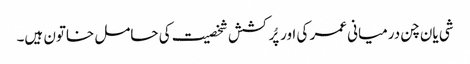
شی یان چن درمیانی عمر کی اور پُرکشش شخصیت کی حامل خاتون ہیں۔